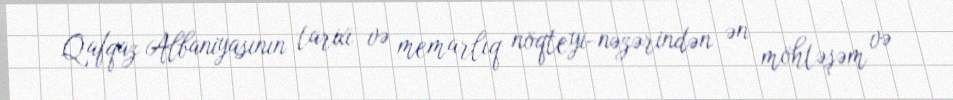
Qafqaz Albaniyasının tarixi və memarlıq nöqteyi-nəzərindən ən möhtəşəm və